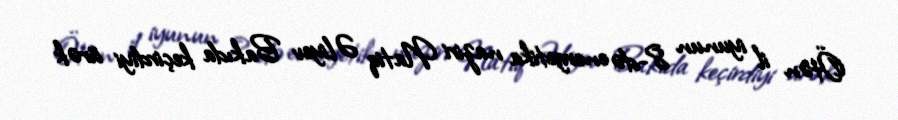
Ötən il iyunun 8-də energetika naziri Natiq Əliyev Bakıda keçirdiyi ürək